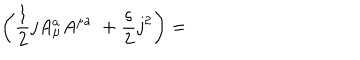
LaTeX: \left( \frac { 1 } { 2 } j A _ { \mu } ^ { a } A ^ { \mu a } \; + \frac { \varsigma } { 2 } j ^ { 2 } \right) =